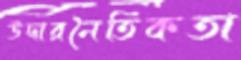
উদারনৈতিকতা